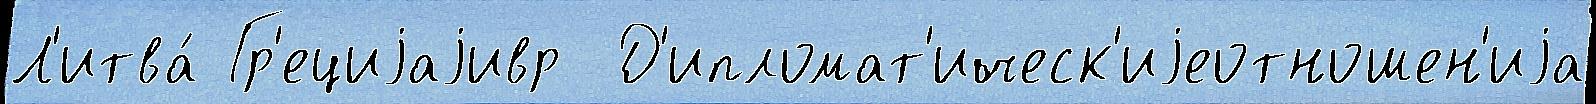
Л'итва́ Гр'ециjаjивр  Д'ипломат'ическ'иjеотношен'иjа